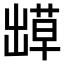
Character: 𫥬